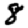
Digit: 8